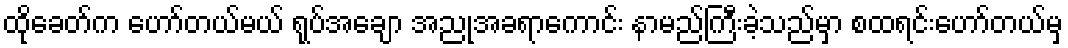
ထိုခေတ်က ဟော်တယ်မယ် ရုပ်အချော အညုအခရာကောင်း နာမည်ကြီးခဲ့သည်မှာ စထရင်းဟော်တယ်မှ